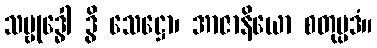
သမ္ဗုဒ္ဓေါ ဒွိ သေဋ္ဌော၊ အာဇာနိယော စတုပ္ပဒံ။